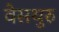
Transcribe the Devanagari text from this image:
वेसथुरु